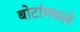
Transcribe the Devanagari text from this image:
बोटांमधले